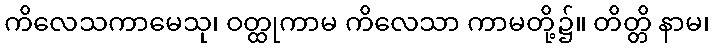
ကိလေသကာမေသု၊ ဝတ္ထုကာမ ကိလေသာ ကာမတို့၌။ တိတ္တိ နာမ၊